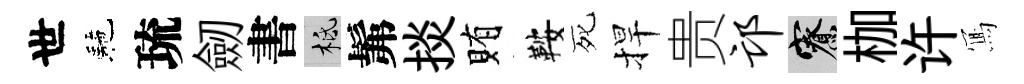
世駰琉劒書柢髴掞賄鞍死捍贵邙寮枷许𭂁